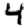
Digit: 4